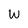
Character: W